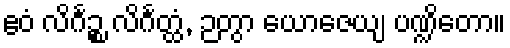
ဧဝံ လိင်္ဂဉ္စ လိင်္ဂတ္ထံ, ဉတွာ ယောဇေယျ ပဏ္ဍိတော။